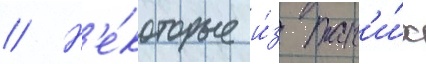
// Н'е́которые и́з так'и́х